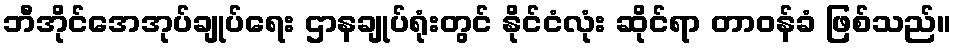
ဘီအိုင်အေအုပ်ချုပ်ရေး ဌာနချုပ်ရုံးတွင် နိုင်ငံလုံး ဆိုင်ရာ တာဝန်ခံ ဖြစ်သည်။